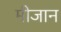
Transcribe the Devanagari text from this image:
मीजान